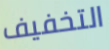
التخفيف